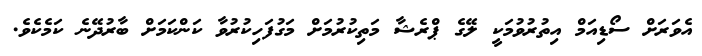
އެވަރަށް ސޯޑިއަމް އިތުރުވުމަކީ ލޭގެ ޕްރެޝާ މަތިކުރުމަށް މަގުފަހިކުރުވާ ކަންކަމަށް ބާރުދޭނެ ކަމެކެވެ.